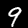
Digit: 9